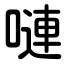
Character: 嗹